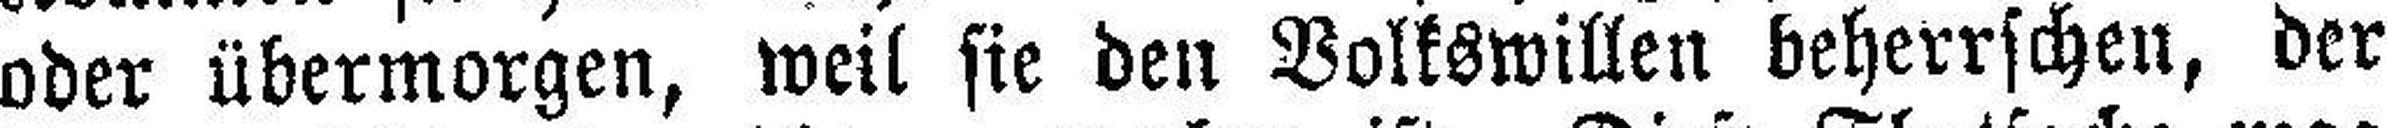
oder übermorgen, weil sie den Volkswillen beherrschen, der